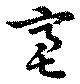
亳